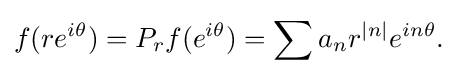
\displaystyle {f(re^{i\theta })=P_{r}f(e^{i\theta })=\sum a_{n}r^{|n|}e^{in\theta }.}